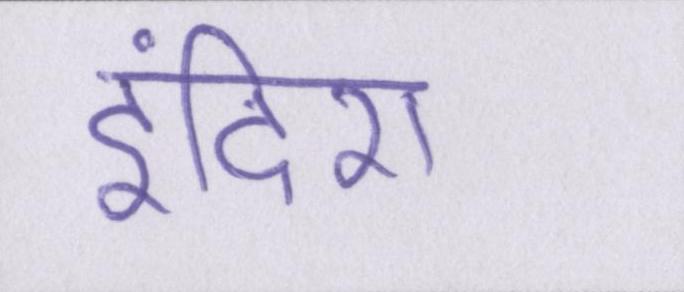
इंदिरा